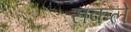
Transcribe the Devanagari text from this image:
सकले